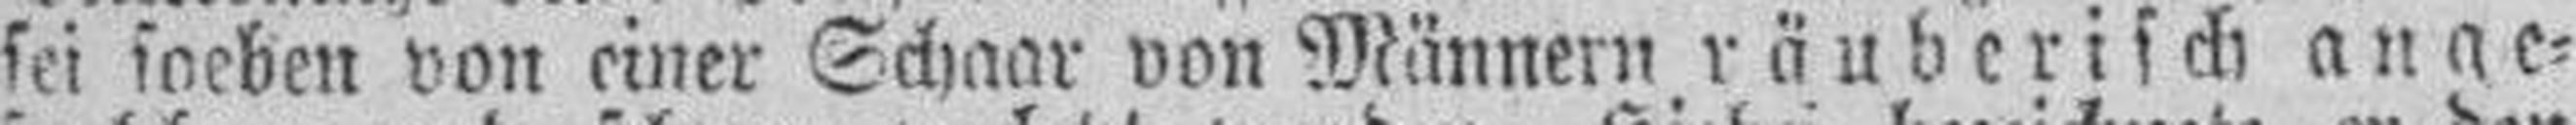
sei soeben von einer Schaar von Männern räuberisch ange¬